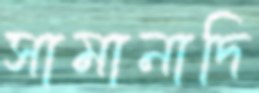
সামানাদি